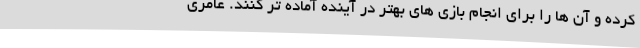
کرده و آن ها را برای انجام بازی های بهتر در آینده آماده تر کنند. عامری